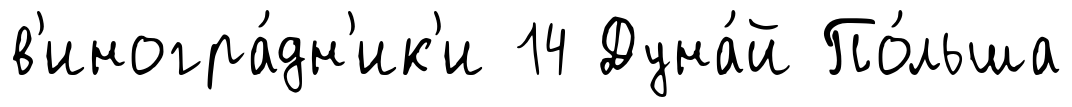
в'иногра́дн'ик'и 14 Дуна́й По́льша